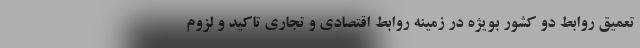
تعمیق روابط دو کشور بویژه در زمینه روابط اقتصادی و تجاری تاکید و لزوم